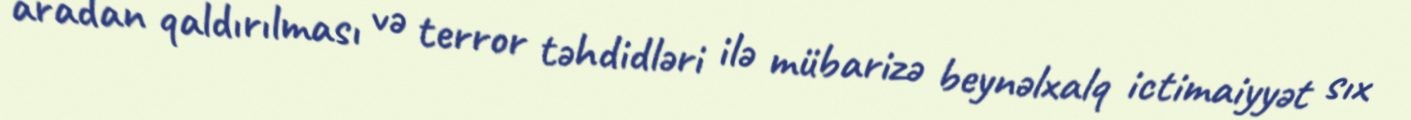
aradan qaldırılması və terror təhdidləri ilə mübarizə beynəlxalq ictimaiyyət sıx